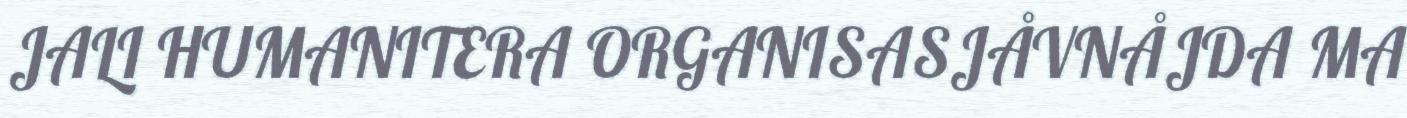
JALI HUMANITERA ORGANISASJÅVNÅJDA MA